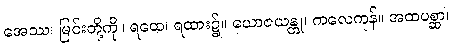
အေဿ၊ မြင်းတို့ကို။ ရထေ၊ ရထား၌။ ယောဇယန္တု၊ ကလေကုန်။ အထပစ္ဆာ၊